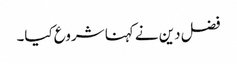
فضل دین نے کہنا شروع کیا۔